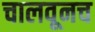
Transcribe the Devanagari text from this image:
चालवूनच